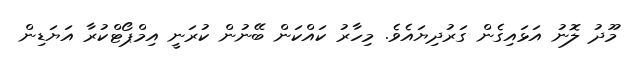
މޫދު ލޮނު އަޅައިގެން ގަރުދިޔައެވެ. މިހާރު ކައްކަން ބޭނުން ކުރަނީ އިމްޕޯޓްކުރާ އަޔަޑިން